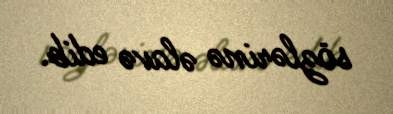
sözlərinə əlavə edib.